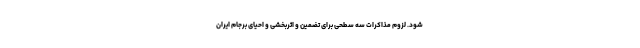
شود. لزوم مذاكرات سه سطحی برای تضمين و اثربخشی و احيای برجام ايران